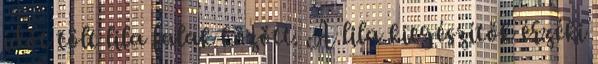
időt tölt lila falak között. A lila kiegészítők érzéki